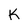
Character: K